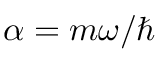
\alpha = m \omega / \hbar